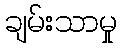
ချမ်းသာမှု